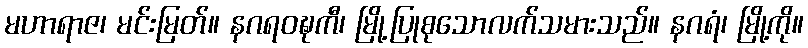
မဟာရာဇ၊ မင်းမြတ်။ နဂရဝဍ္ဎကီ၊ မြို့ပြုစုသောလက်သမားသည်။ နဂရံ၊ မြို့ကို။